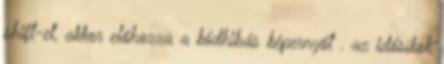
shift-et, akkor előhozza a kódhibás képernyőt . az idősíkok